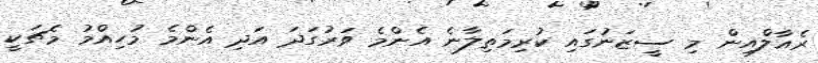
ރެއާލްއިން މި ސީޒަނުގައި ކުރިމަތިލާނެ އެންމެ ވަރުގަދަ އަދި އެންމެ މުހިއްމު މެޗަކީ